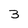
Character: 3